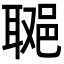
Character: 𨛿